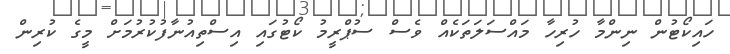
ހައިކޯޓުން ނިންމާ ހުރިހާ މައްސަލަތަކެއް ވެސް ސުޕްރީމު ކޯޓުގައި އިސްތިއުނާފުކުރުމަށް މީގެ ކުރިން